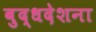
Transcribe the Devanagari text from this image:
बुद्धदेशना